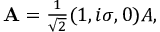
\begin{array} { r } { { \bf A } = \frac { 1 } { \sqrt { 2 } } ( 1 , i \sigma , 0 ) A , } \end{array}